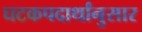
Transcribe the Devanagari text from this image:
घटकपदार्थांनुसार